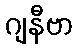
ဂျနီဗာ